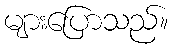
များပြောသည်။